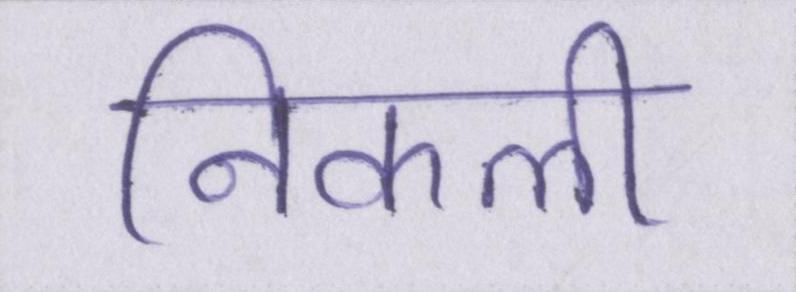
निकली